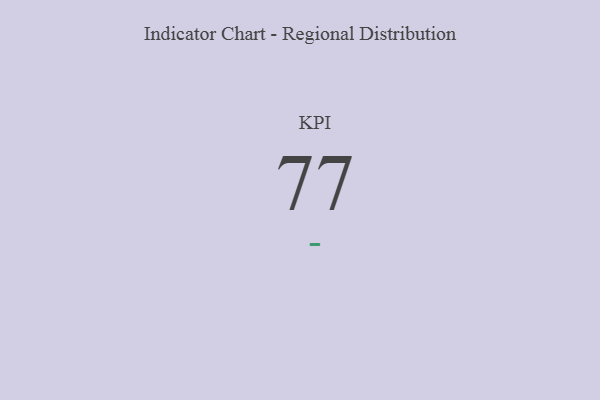
{"axis": {"x": "KPI", "y": "Value"}, "legend": [""], "data": [{"x": "KPI", "y": 77, "type": ""}]}